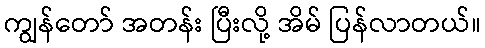
ကျွန်တော် အတန်း ပြီးလို့ အိမ် ပြန်လာတယ်။